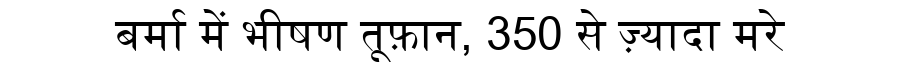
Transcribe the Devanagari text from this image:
बर्मा में भीषण तूफ़ान, 350 से ज़्यादा मरे